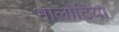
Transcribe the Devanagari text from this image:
भालोटिया